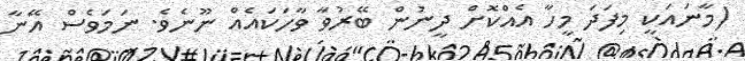
(މާނައަކީ މިފަދަ މީހާ އެއްކޮށް ދީނުން ބޭރުވާ ވާހަކައެއް ނޫނެވެ. ނަމަވެސް އޭނާ